Vaccine operations Central Provinces 1868-1885 - 1868-1885
Year: 1868
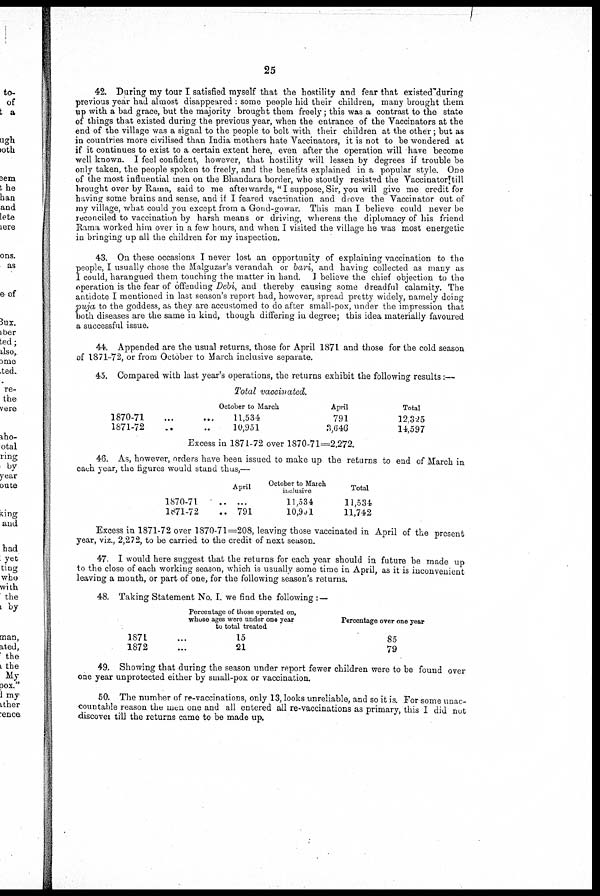
25
42. During my tour I satisfied myself that the hostility and fear that existed during
previous year had almost disappeared : some people hid their children, many brought them
up with a bad grace, but the majority brought them freely; this was a contrast to the state
of things that existed during the previous year, when the entrance of the Vaccinators at the
end of the village was a signal to the people to bolt with their children at the other; but as
in countries more civilised than India mothers hate Vaccinators, it is not to be wondered at
if it continues to exist to a certain extent here, even after the operation will have become
well known. I feel confident, however, that hostility will lessen by degrees if trouble be
only taken, the people spoken to freely, and the benefits explained in a popular style. One
of the most influential men on the Bhandara border, who stoutly resisted the Vaccinator till
brought over by Rama, said to me afterwards, "I suppose,Sir, you will give me credit for
having some brains and sense, and if I feared vaccination and diove the Vaccinator out of
my village, what could you except from a Gond-gowar. This man I believe could never be
reconciled to vaccination by harsh means or driving, whereas the diplomacy of his friend
Rama worked him over in a few hours, and when I visited the village he was most energetic
in bringing up all the children for my inspection.
43. On these occasions I never lost an opportunity of explaining vaccination to the
people, I usually chose the Malguzar's verandah or bari, and having collected as many as
I could, harangued them touching the matter in hand. I believe the chief objection to the
operation is the fear of offending Debi, and thereby causing some dreadful calamity. The
antidote I mentioned in last season's report had, however, spread pretty widely, namely doing
puja to the goddess, as they are accustomed to do after small-pox, under the impression that
both diseases are the same in kind, though differing in degree; this idea materially favoured
a successful issue.
44. Appended are the usual returns, those for April 1871 and those for the cold season
of 1871-72, or from October to March inclusive separate.
45. Compared with last year's operations, the returns exhibit the following results:—
Total vaccinated.
1870-71 ... ...
1871-72 ... ...
October to March
11,534
10,951
April
791
3,646
Total
12,325
14,597
Excess in 1871-72 over 1870-71=2,272.
46. As, however, orders have been issued to make up the returns to end of March in
each year, the figures would stand thus,—
1870-71 ..
1871-72 ..
April
...
791
October to March
inclusive
11,534
10,931
Total
11,534
11,742
Excess in 1871-72 over 1870-71=208, leaving those vaccinated in April of the present
year, viz., 2,272, to be carried to the credit of next season.
47. I would here suggest that the returns for each year should in future be made up
to the close of each working season, which is usually some time in April, as it is inconvenient
leaving a month, or part of one, for the following season's returns.
48. Taking Statement No. I. we find the following : —
1871 ...
1872 ...
Percentage of those operated on,
whose ages were under one year
to total treated
15
21
Percentage over one year
85
79
49. Showing that during the season under report fewer children were to be found over
one year unprotected either by small-pox or vaccination.
50. The number of re-vaccinations, only 13, looks unreliable, and so it is. For some unac-
countable reason the men one and all entered all re-vaccinations as primary, this I did not
discover till the returns came to be made up.